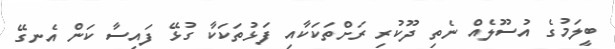
ބީލަމުގެ އުސޫލެއް ނެތި ދޫކުރި ރަށްތަކަކާއި ފަޅުތަކަކާ ގުޅޭ ފައިސާ ކަން އެނގޭ